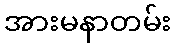
အားမနာတမ်း